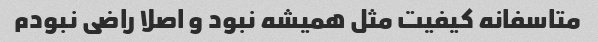
متاسفانه کیفیت مثل همیشه نبود و اصلا راضی نبودم